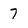
Character: 7